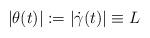
LaTeX: \begin{align*} |\theta (t)| := |\dot{\gamma}(t)| \equiv L\end{align*}